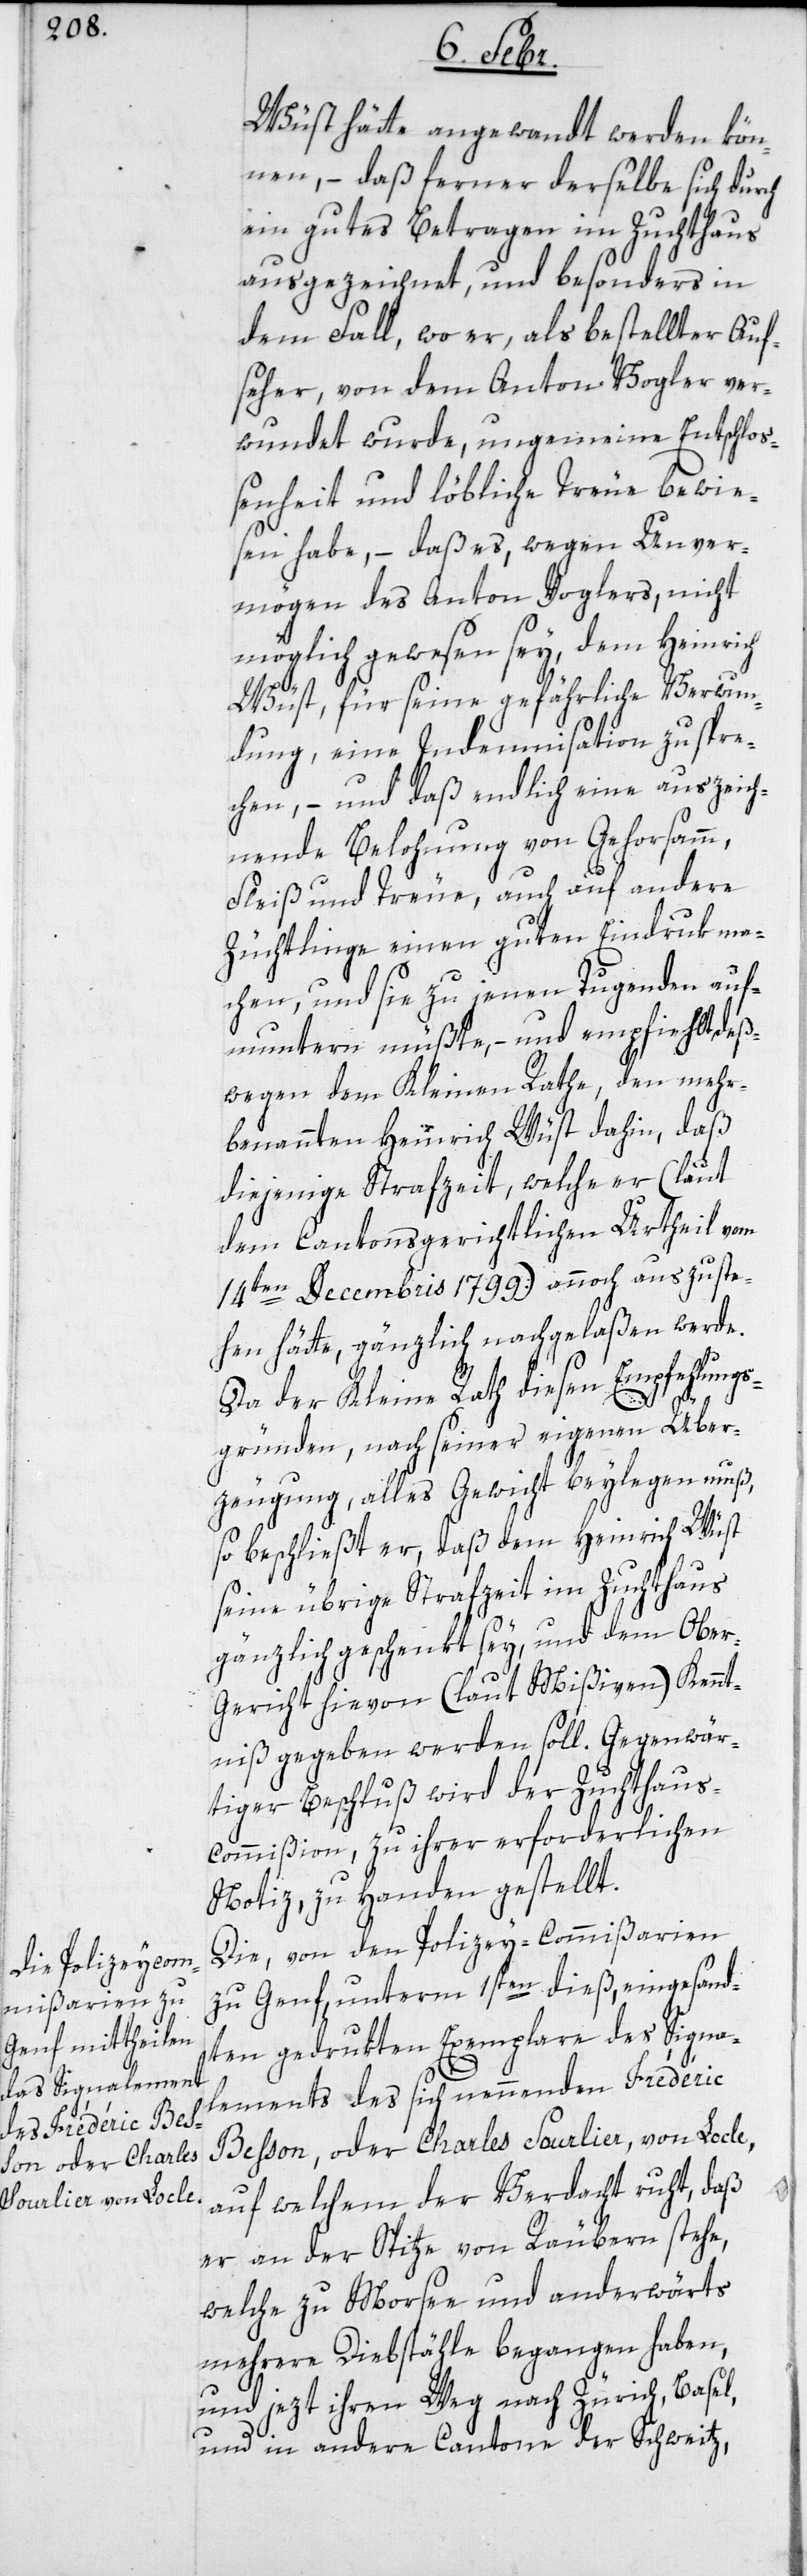
Wüst hätte angewandt werden kön¬
nen, – daß ferner derselbe sich durch
ein gutes Betragen im Zuchthaus
ausgezeichnet, und besonders in
dem Fall, wo er, als bestellter Auf¬
seher, von dem Anton Vogler ver¬
wundet wurde, ungemeine Entschlo¬
ßenheit und löbliche Treue bewie¬
sen habe, – daß es, wegen Unver¬
mögen des Anton Voglers, nicht
möglich gewesen sey, dem Heinrich
Wüst, für seine gefährliche Verwun¬
dung, eine Indemnisation zuspre¬
chen, – und daß endlich eine auszeich¬
nende Belohnung von Gehorsamm,
Fleiß und Treue, auch auf andere
Züchtlinge einen guten Eindruk ma¬
chen, und sie zu jenen Tugenden auf¬
muntern müßte, – und empfiehlt, deß¬
wegen dem Kleinen Rathe, den mehr¬
benannten Heinrich Wüst dahin, daß
diejenige Strafzeit, welcher er (laut
dem Cantonsgerichtlichen Urtheil vom
14ten Decembris 1799) annoch auszuste¬
hen hätte, gänzlich nachgelaßen werde.
Da der Kleine Rath diesen Empfehlungs¬
gründen, nach seiner eigenen Über¬
zeugung, alles Gewicht beylegen muß,
so beschließt er, daß dem Heinrich Wüst
seine übrige Strafzeit im Zuchthaus
gänzlich geschenkt sey, und dem Ober-G¬
ericht hievon (laut Mißiven) Kennt¬
niß gegeben werden soll. Gegenwär¬
tiger Beschluß wird der Zuchthau¬
s-Commißion, zu ihrer erforderlichen
Notiz, zu Handen gestellt.
Die, von den Polizey-Commißarien
zu Genf, unterm 1sten dieß, eingesand¬
ten gedrukten Exemplare des Signa¬
lements des sich nennenden Frédéric
Besson, oder Charles Sourlier, von Locle,
auf welchem der Verdacht ruht, daß
er an der Spitze von Räubern stehe,
welche zu Morsee und anderwärts
mehrere Diebstähle begangen haben,
und jezt ihren Weg nach Zürich, Basel,
und in andere Cantone der Schweitz